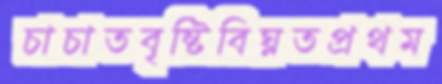
চাচাতবৃষ্টিবিঘ্নতপ্রথম